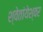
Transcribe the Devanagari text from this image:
श्वेतांयेश्वर